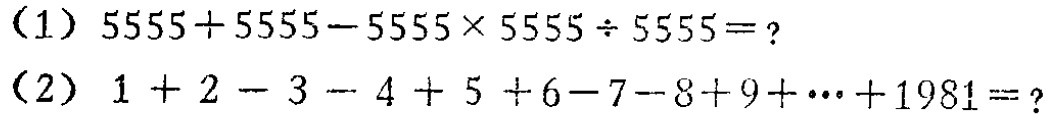
（1）\(5555 + 5555 - 5555\times5555\div5555 =?\)

（2）\(1 + 2 - 3 - 4 + 5 + 6 - 7 - 8 + 9 + \cdots + 1981 =?\)